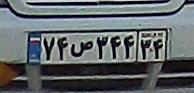
۷۴ص۳۴۴۳۴